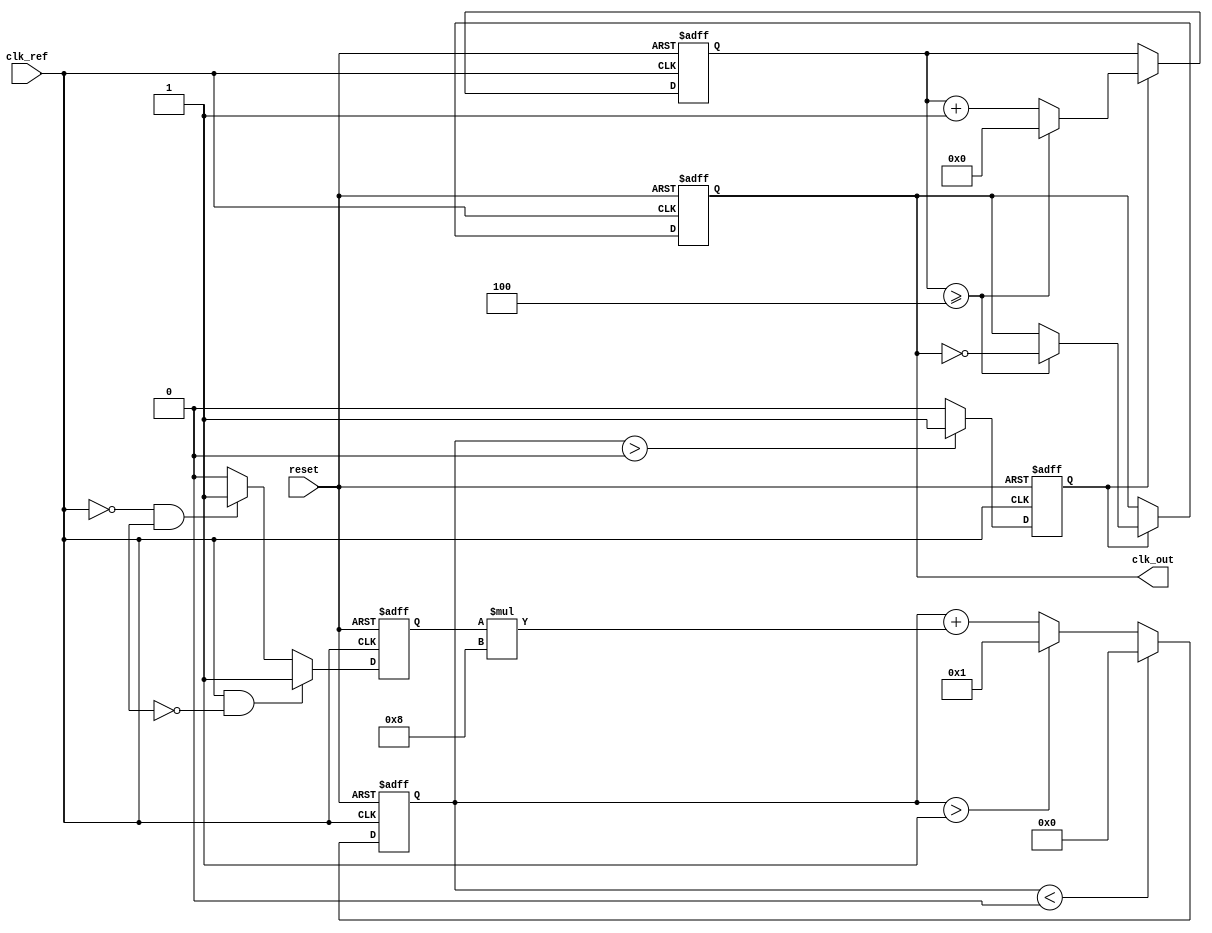
module pll (
    input wire clk_ref,        // Reference clock input
    input wire reset,          // Reset signal
    output reg clk_out         // Output clock
);

// Parameters
parameter N = 4;              // Frequency multiplication factor
parameter LOOP_FILTER_GAIN = 8; // Loop filter gain
parameter VCO_MAX = 1'b1;     // Maximum VCO control voltage
parameter VCO_MIN = 1'b0;     // Minimum VCO control voltage

// Internal signals
reg [N-1:0] vco_counter;      // VCO counter for clock generation
reg vco_enable;               // VCO enable signal
reg [7:0] control_voltage;    // Control voltage from loop filter
reg clk_vco;                  // VCO clock signal
reg phase_error;              // Phase error signal

// Phase Detector (PD)
always @(posedge clk_ref or posedge reset) begin
    if (reset) begin
        phase_error <= 0;
    end else begin
        // Simple phase comparison (for demonstration purposes)
        // Compare the reference clock with the VCO output
        if (clk_ref && !clk_vco) begin
            phase_error <= 1;  // Reference is leading
        end else if (!clk_ref && clk_vco) begin
            phase_error <= -1; // Reference is lagging
        end else begin
            phase_error <= 0;  // In phase
        end
    end
end

// Loop Filter (LF)
always @(posedge clk_ref or posedge reset) begin
    if (reset) begin
        control_voltage <= 0;
    end else begin
        // Low-pass filter implementation (simple averaging)
        control_voltage <= control_voltage + (phase_error * LOOP_FILTER_GAIN);
        if (control_voltage > VCO_MAX) control_voltage <= VCO_MAX;
        if (control_voltage < VCO_MIN) control_voltage <= VCO_MIN;
    end
end

// Voltage-Controlled Oscillator (VCO)
always @(posedge clk_ref or posedge reset) begin
    if (reset) begin
        vco_counter <= 0;
        clk_out <= 0;
        vco_enable <= 0;
    end else begin
        // Generate VCO output based on control voltage
        if (control_voltage > (VCO_MAX / 2)) begin
            vco_enable <= 1;
        end else begin
            vco_enable <= 0;
        end
        
        // VCO clock generation based on enable signal
        if (vco_enable) begin
            vco_counter <= vco_counter + 1;
            if (vco_counter >= N) begin
                clk_out <= ~clk_out; // Toggle output clock
                vco_counter <= 0;
            end
        end
    end
end

endmodule